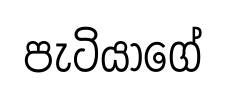
පැටියාගේ